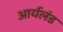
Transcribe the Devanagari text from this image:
आर्यलंड